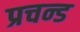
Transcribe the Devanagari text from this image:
प्रचन्ड